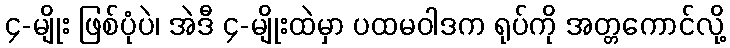
၄-မျိုး ဖြစ်ပုံပဲ၊ အဲဒီ ၄-မျိုးထဲမှာ ပထမဝါဒက ရုပ်ကို အတ္တကောင်လို့